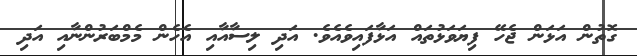
ގޮތުން އަޅަން ޖެހޭ ފިޔަވަޅުތައް އަޅާފައިވެއެވެ. އަދި ލިސާއާއި އެހެން މެމްބަރުންނާއި އަދި